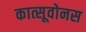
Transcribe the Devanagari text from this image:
कात्सूवोनस